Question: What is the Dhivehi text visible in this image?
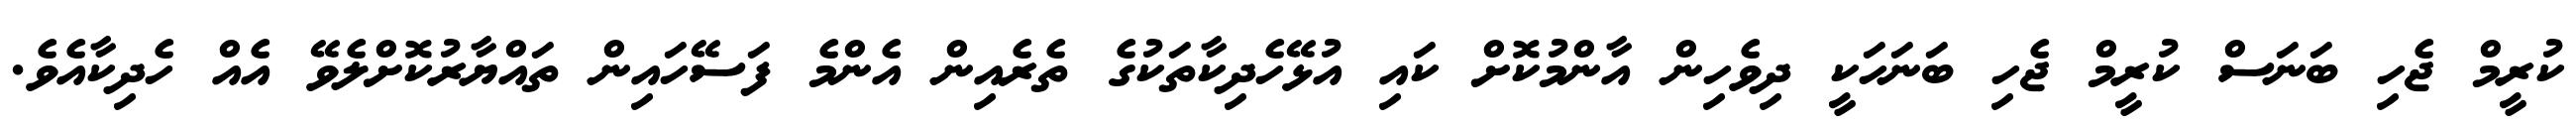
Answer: ކުރީމް ޖެހި ބަނަސް ކުރީމް ޖެހި ބަނަހަކީ ދިވެހިން އާންމުކޮށް ކައި އުޅޭހެދިކާތަކުގެ ތެރެއިން އެންމެ ފަސޭހައިން ތައްޔާރުކޮށްލެވޭ އެއް ހެދިކާއެވެ.